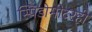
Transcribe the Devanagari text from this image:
स्पिडोमीटरही